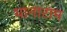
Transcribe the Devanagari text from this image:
थानाराम